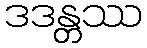
ဒဒန္တဿ